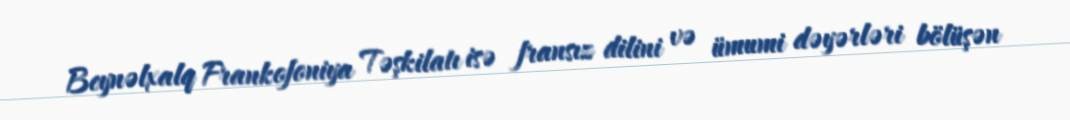
Beynəlxalq Frankofoniya Təşkilatı isə fransız dilini və ümumi dəyərləri bölüşən